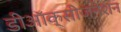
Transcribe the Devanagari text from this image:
डीऑक्सीजनेशन